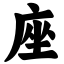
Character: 座